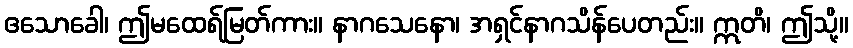
ဧသောခေါ၊ ဤမထေရ်မြတ်ကား။ နာဂသေနော၊ အရှင်နာဂသိန်ပေတည်း။ ဣတိ၊ ဤသို့။